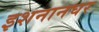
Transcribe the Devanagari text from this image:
इशनानघर